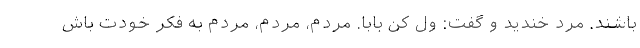
باشند. مرد خندید و گفت: ول کن بابا. مردم، مردم، مردم به فکر خودت باش